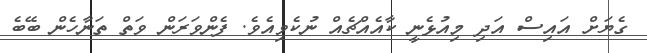
ގެޔަށް އައިސް އަދި މިއުޅެނީ ކާއެއްޗެއް ނުކެވިއެވެ. ފެންވަރަން ވަތް ތަނާހެން ބޭބެ